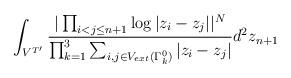
LaTeX: \begin{align*} \int_{V^{T'}}\frac{|\prod_{i<j\leq n+1} \log|z_i-z_j||^N }{\prod_{k=1}^3 \sum_{i,j\in V_{ext}(\Gamma_k^0)} |z_i-z_j|} d^2z_{n+1}\end{align*}